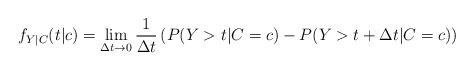
LaTeX: \begin{align*} f_{Y|C}(t|c) = \lim\limits_{\Delta t \to 0}\frac{1}{\Delta t}\left(P(Y > t|C=c) - P(Y> t+ \Delta t| C=c)\right) \end{align*}